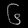
Digit: ၆